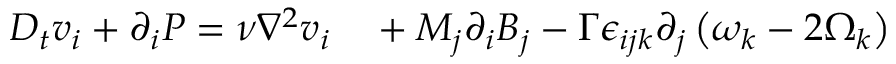
\begin{array} { r l } { D _ { t } v _ { i } + \partial _ { i } P = \nu \nabla ^ { 2 } v _ { i } } & { { } + M _ { j } \partial _ { i } B _ { j } - \Gamma \epsilon _ { i j k } \partial _ { j } \left( \omega _ { k } - 2 \Omega _ { k } \right) } \end{array}